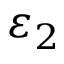
\varepsilon _ { 2 }